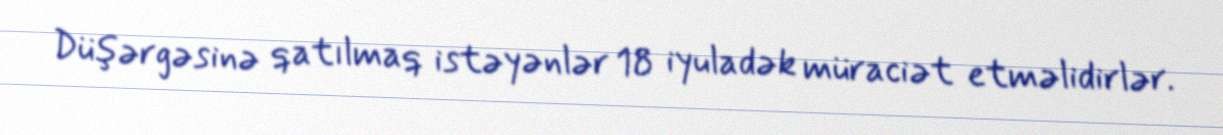
Düşərgəsinə qatılmaq istəyənlər 18 iyuladək müraciət etməlidirlər.